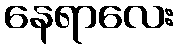
နေရာလေး